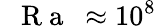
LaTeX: \mathrm{~\textit~{~R~a~}~}\approx 10^{8}